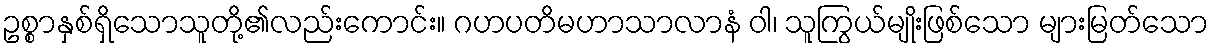
ဥစ္စာနှစ်ရှိသောသူတို့၏လည်းကောင်း။ ဂဟပတိမဟာသာလာနံ ဝါ၊ သူကြွယ်မျိုးဖြစ်သော များမြတ်သော